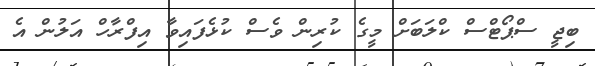
ބިޖީ ސްޕޯޓްސް ކްލަބަށް މީގެ ކުރިން ވެސް ކުޅެފައިވާ އިފްރާހް އަލުން އެ